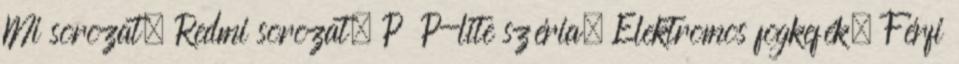
Mi sorozat, Redmi sorozat, P P-lite széria, Elektromos fogkefék, Férfi